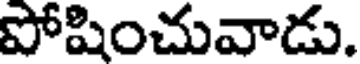
పోషించువాడు.